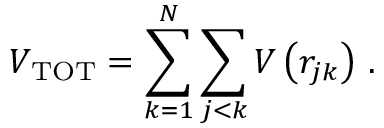
V _ { \mathrm { T O T } } = \sum _ { k = 1 } ^ { N } \sum _ { j < k } V \left( r _ { j k } \right) \, .